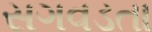
સગવડતા